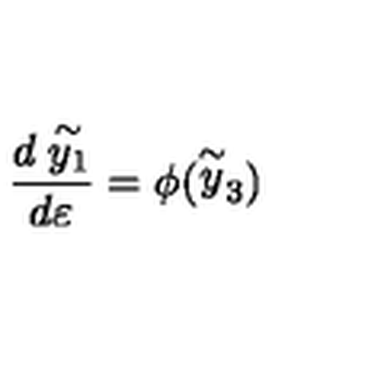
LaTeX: \frac { d \stackrel { \sim } { y _ { 1 } } } { d \varepsilon } = \phi ( \stackrel { \sim } { y } _ { 3 } )